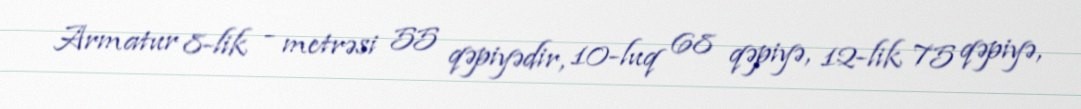
Armatur 8-lik - metrəsi 55 qəpiyədir, 10-luq 68 qəpiyə, 12-lik 75 qəpiyə,